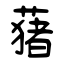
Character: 蕏